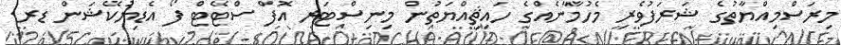
މިރަސްމިއްޔާތުގެ ޝަރަފުވެރި މެހުމާނެއްގެ ހައިޘިއްޔަތުން މިނިސްޓަރ އޮފް ސްޓޭޓް ފޯ އެޑިޔުކޭޝަން ޑރ.